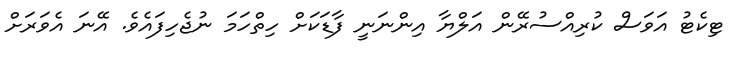
ޓިކެޓު އަވަސް ކުރިއްސުރޭން އަލްޔާ އިންނަނީ ފާޑަކަށް ހިތްހަމަ ނުޖެހިފައެވެ. އޭނަ އެވަރަށް